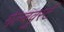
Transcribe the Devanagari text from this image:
गेल्बवुर्स्ट